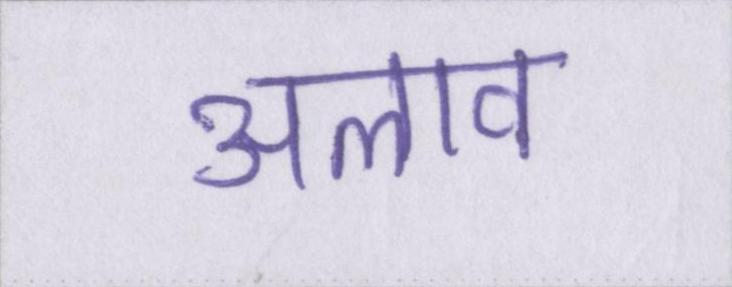
अलाव